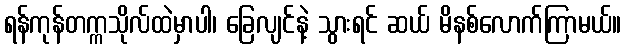
ရန်ကုန်တက္ကသိုလ်ထဲမှာပါ၊ ခြေလျင်နဲ့ သွားရင် ဆယ် မိနစ်လောက်ကြာမယ်။